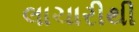
લાચારીથી